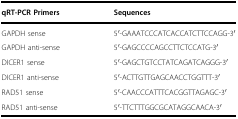
| qRT-PCR Primers | Sequences |
 | --- | --- |
 | GAPDH sense | 5′-GAAATCCCATCACCATCTTCCAGG-3′ |
 | GAPDH anti-sense | 5′-GAGCCCCAGCCTTCTCCATG-3′ |
 | DICER1 sense | 5′-GAGCTGTCCTATCAGATCAGGG-3′ |
 | DICER1 anti-sense | 5′-ACTTGTTGAGCAACCTGGTTT-3′ |
 | RAD51 sense | 5′-CAACCCATTTCACGGTTAGAGC-3′ |
 | RAD51 anti-sense | 5′-TTCTTTGGCGCATAGGCAACA-3′ |